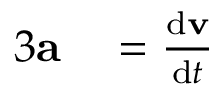
\begin{array} { r l } { { 3 } \mathbf { a } } & { { } = { \frac { \mathrm { d } \mathbf { v } } { \mathrm { d } t } } } \end{array}